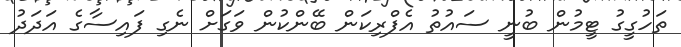
ތަހުގީގު ޓީމުން ބުނީ ސައުތު އެފްރިކަން ބޭންކުން ވަގަށް ނެގި ފައިސާގެ އަދަދު